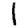
Digit: 1